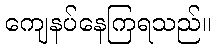
ကျေနပ်နေကြရသည်။